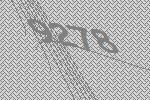
9278